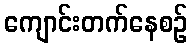
ကျောင်းတက်နေစဉ်